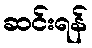
ဆင်းရန်